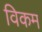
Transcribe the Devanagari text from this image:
विकम